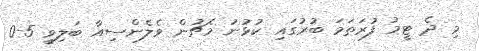
މި ދެ ޓީމު ފުރަތަމަ ބުރުގައި ކުޅުނު މެޗުން ވެލެންސިއާ ބަލިވީ 5-0